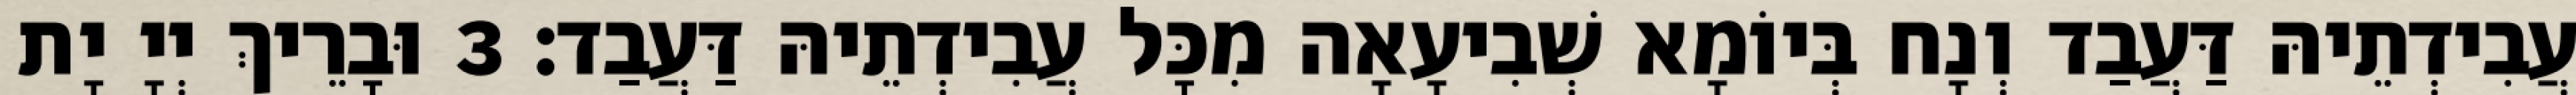
עֲבִידְתֵיהּ דַּעֲבַד וְנָח בְּיוֹמָא שְׁבִיעָאָה מִכָּל עֲבִידְתֵיהּ דַּעֲבַד׃ 3 וּבָרֵיךְ יְיָ יָת